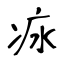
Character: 㽷